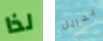
لذا بدائل